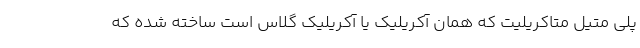
پلی متیل متاکریلیت که همان آکریلیک یا آکریلیک گلاس است ساخته شده که